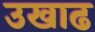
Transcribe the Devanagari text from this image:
उखाढ